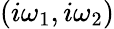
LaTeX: (i\omega_{1},i\omega_{2})